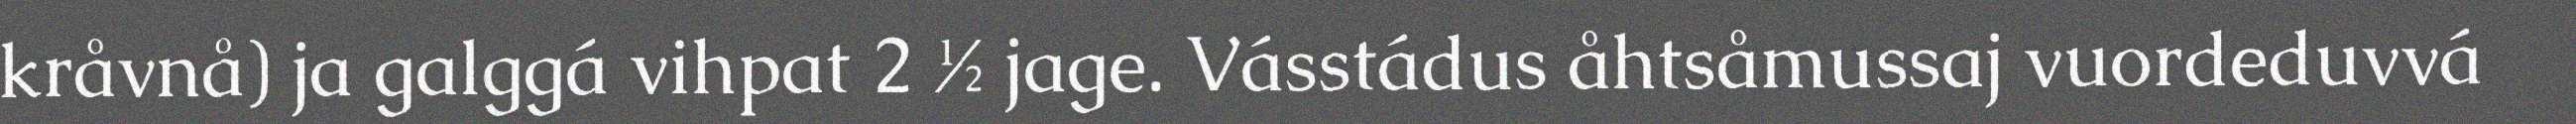
kråvnå) ja galggá vihpat 2 ½ jage. Vásstádus åhtsåmussaj vuordeduvvá